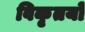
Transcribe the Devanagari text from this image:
विकृतयों